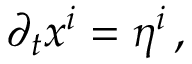
\partial _ { t } x ^ { i } = \eta ^ { i } \, ,